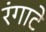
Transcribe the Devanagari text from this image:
रंगाटे